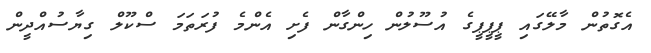
އެގޮތުން މާލޭގައި ޕީޕީޕީގެ އުސޫލުން ހިންގާން ފެށި އެންމެ ފުރަތަމަ ސްކޫލް ގިޔާސުއްދީން